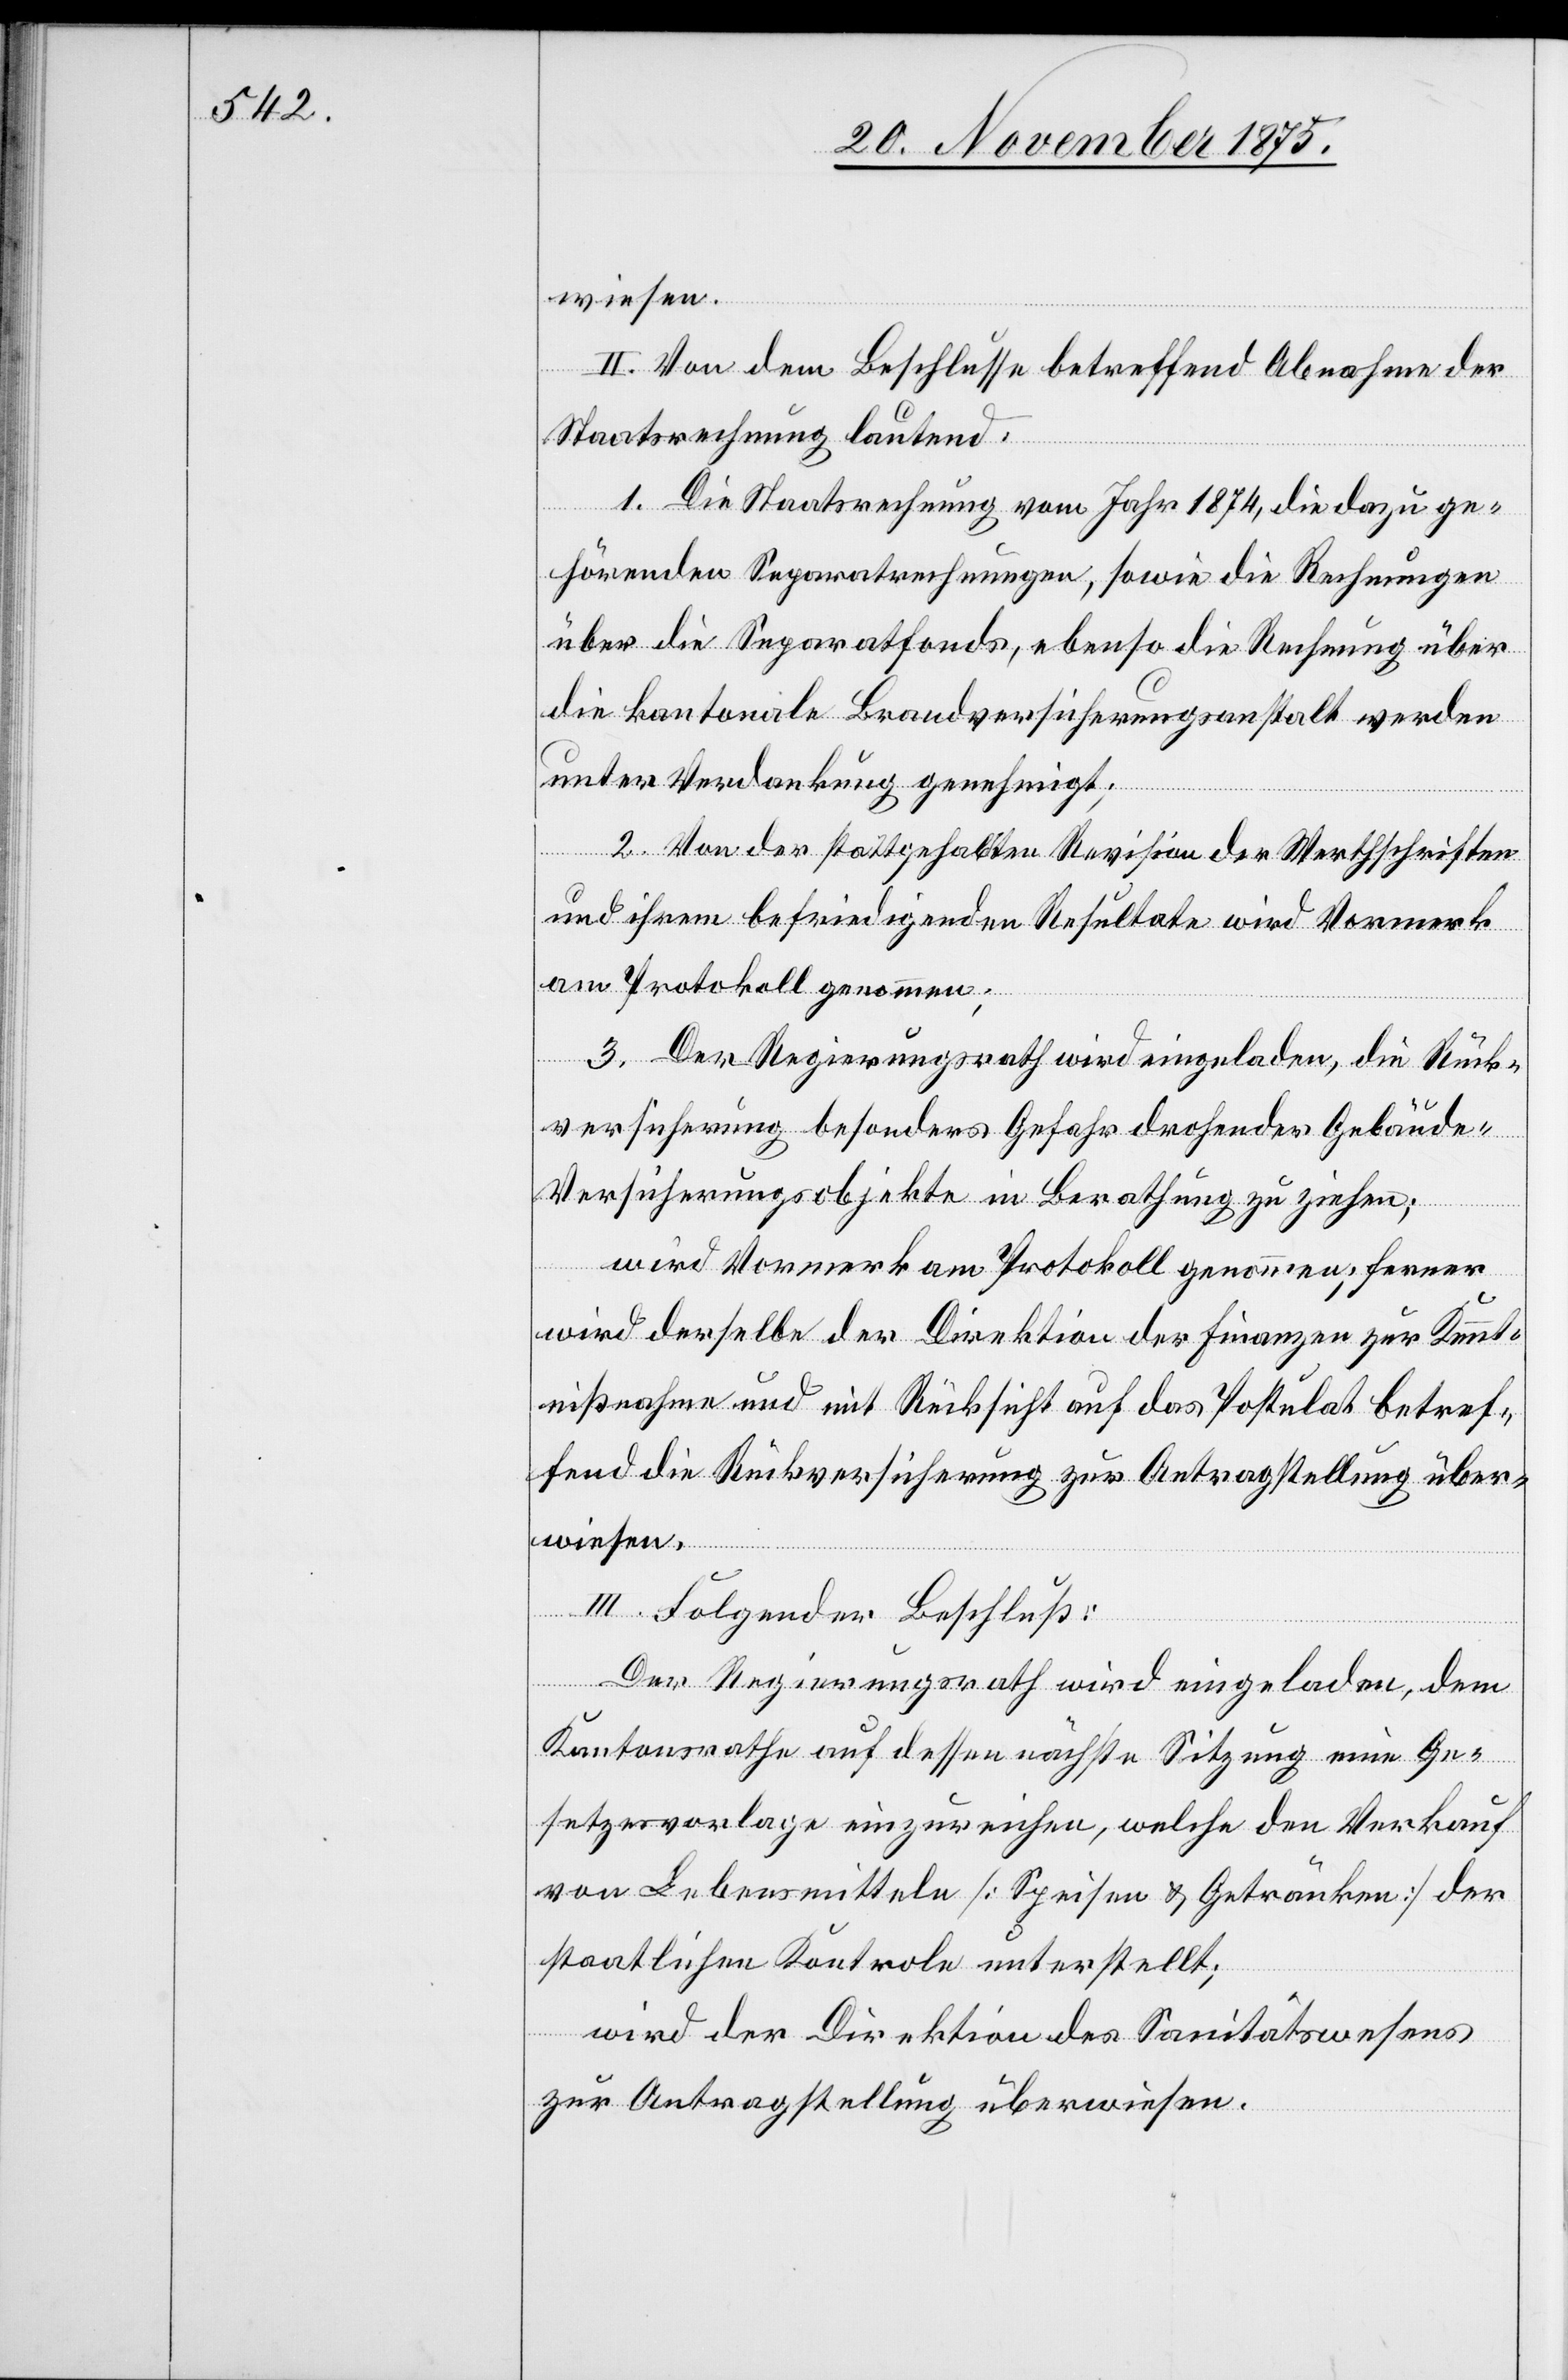
wiesen.
II. Von dem Beschlusse betreffend Abnahme der
Staatsrechnung lautend:
1. Die Staatsrechnung vom Jahr 1874, die dazu ge¬
hörenden Separatrechnungen, sowie die Rechnungen
über die Separatfonds, ebenso die Rechnung über
die kantonale Brandversicherungsanstalt werden
unter Verdankung genehmigt;
2. Von der stattgehabten Revision der Werthschriften
und ihrem befriedigenden Resultate wird Vormerk
am Protokoll genommen;
3. Der Regierungsrath wird eingeladen, die Rück¬
versicherung besonders Gefahr drohender Gebäude-V¬
ersicherungsobjekte in Berathung zu ziehen;
wird Vormerk am Protokoll genommen; ferner
wird derselbe der Direktion der Finanzen zur Kennt¬
nißnahme und mit Rücksicht auf das Postulat betref¬
fend die Rückversicherung zur Antragstellung über¬
wiesen.
III. Folgender Beschluß:
Der Regierungsrath wird eingeladen, dem
Kantonsrathe auf dessen nächste Sitzung eine Ge¬
setzesvorlage einzureichen, welche den Verkauf
von Lebensmitteln [Speisen & Getränken] der
staatlichen Kontrole unterstellt;
wird der Direktion des Sanitätswesens
zur Antragstellung überwiesen.